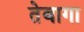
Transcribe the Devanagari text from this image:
तेबागा